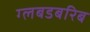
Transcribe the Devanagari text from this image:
ग्लबडबरिब